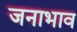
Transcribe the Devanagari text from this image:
जनाभाव